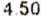
4.50